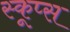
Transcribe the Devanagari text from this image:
स्कूप्स